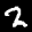
Label: 2